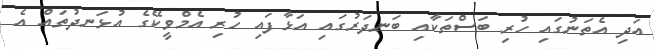
އަދި އެތަނުގައި ހުރި ބަސްތަކާއި ބަނދަރުގައި އަޅާފައި ހުރި އެމްވީކޭގެ އުޅަނދުތައް އެ